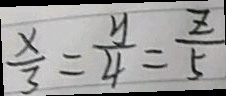
\frac { x } { 3 } = \frac { y } { 4 } = \frac { z } { 5 }